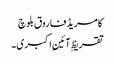
کامریڈ فاروق بلوچ
تقریظِ آئینِ اکبری۔